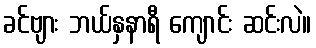
ခင်ဗျား ဘယ်နှနာရီ ကျောင်း ဆင်းလဲ။